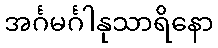
အင်္ဂမင်္ဂါနုသာရိနော